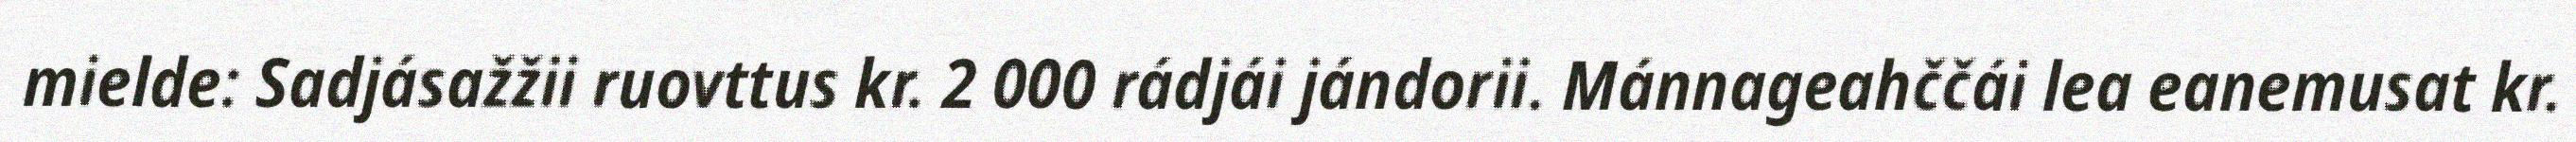
mielde: Sadjásažžii ruovttus kr. 2 000 rádjái jándorii. Mánnageahččái lea eanemusat kr.